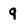
Character: 9